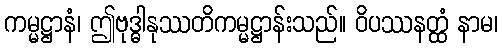
ကမ္မဋ္ဌာနံ၊ ဤဗုဒ္ဓါနုဿတိကမ္မဋ္ဌာန်းသည်။ ဝိပဿနတ္ထံ နာမ၊